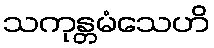
သကုန္တမံသေဟိ